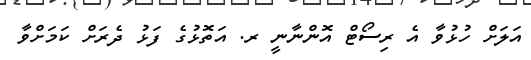
އަލަށް ހުޅުވާ އެ ރިސޯޓް އޮންނާނީ ރ. އަތޮޅުގެ ފަޅު ދެރަށް ކަމަށްވާ